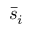
\bar { s } _ { i }